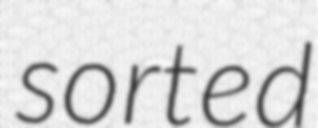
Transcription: sorted